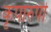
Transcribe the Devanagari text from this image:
कृपारुपी